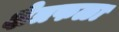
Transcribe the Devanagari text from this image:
क्षेत्रफळा